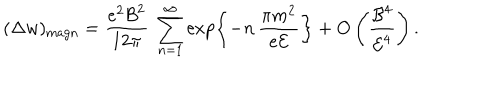
LaTeX: ( \Delta w ) _ { \mathrm { m a g n } } = \frac { e ^ { 2 } { \cal B } ^ { 2 } } { 1 2 \pi } \ \sum _ { n = 1 } ^ { \infty } \exp \left\{ - n \, \frac { \pi m ^ { 2 } } { e { \cal E } } \right\} + O \left( \frac { { \cal B } ^ { 4 } } { { \cal E } ^ { 4 } } \right) .